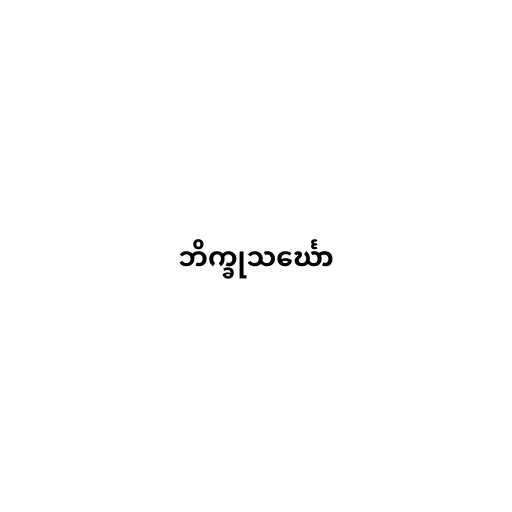
ဘိက္ခုသင်္ဃော